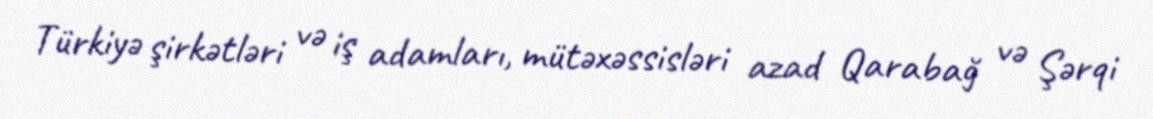
Türkiyə şirkətləri və iş adamları, mütəxəssisləri azad Qarabağ və Şərqi